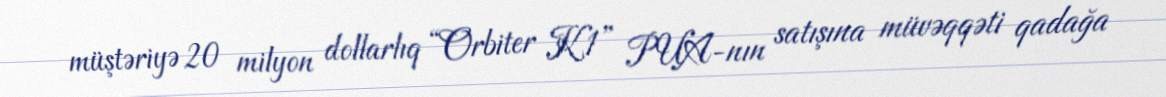
müştəriyə 20 milyon dollarlıq “Orbiter K1” PUA-nın satışına müvəqqəti qadağa